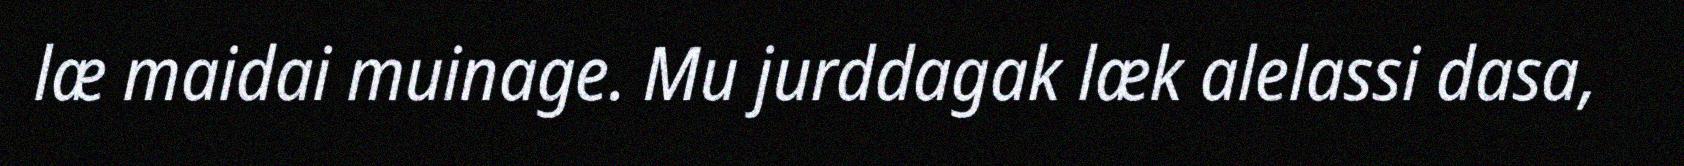
læ maidai muinage. Mu jurddagak læk alelassi dasa,